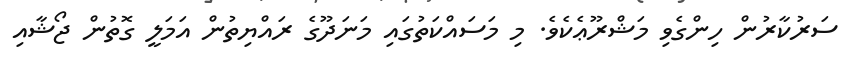
ސަރުކާރުން ހިންގެވި މަޝްރޫޢެކެވެ. މި މަސައްކަތުގައި މަނަދޫގެ ރައްޔިތުން އަމަލީ ގޮތުން ޖޯޝާއި